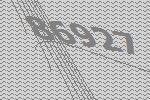
86927